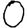
Digit: 0